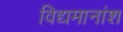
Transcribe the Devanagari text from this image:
विद्यमानांश